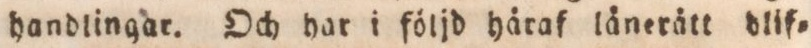
handlingar. Och har i följd häraf länerätt dlif=